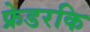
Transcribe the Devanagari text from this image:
फ्रेडरकि